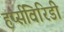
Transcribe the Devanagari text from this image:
हर्प्सविरिडी